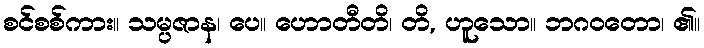
စင်စစ်ကား။ သမ္ပဇာန၊ ပေ။ ဟောတီတိ၊ တိ, ဟူသော။ ဘဂဝတော၊ ၏။